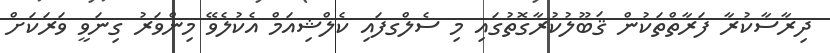
ދިރާސާކުރާ ފަރާތްތަކުން ޤަބޫލުކުރާގޮތުގައި މި ސެލްގފައި ކެލްޝިއަމް އެކުލެވޭ މިންވަރު ގިނަވީ ވަރަކަށް